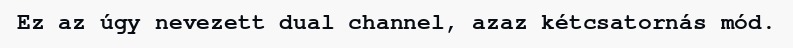
Ez az úgy nevezett dual channel, azaz kétcsatornás mód.